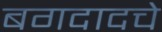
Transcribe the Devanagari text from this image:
बगदादचे